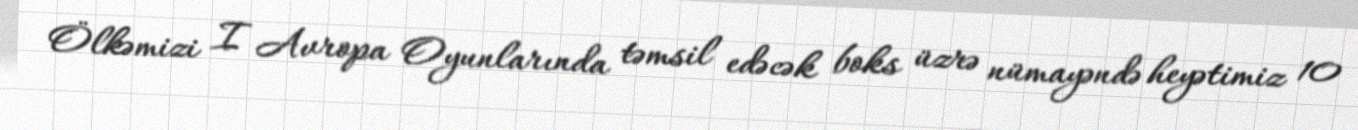
Ölkəmizi I Avropa Oyunlarında təmsil edəcək boks üzrə nümayəndə heyətimiz 10